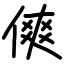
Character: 傸